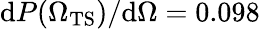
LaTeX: \mathrm{d}P({\Omega_{\mathrm{TS}}})/\mathrm{d}\Omega=0.098